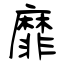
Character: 靡